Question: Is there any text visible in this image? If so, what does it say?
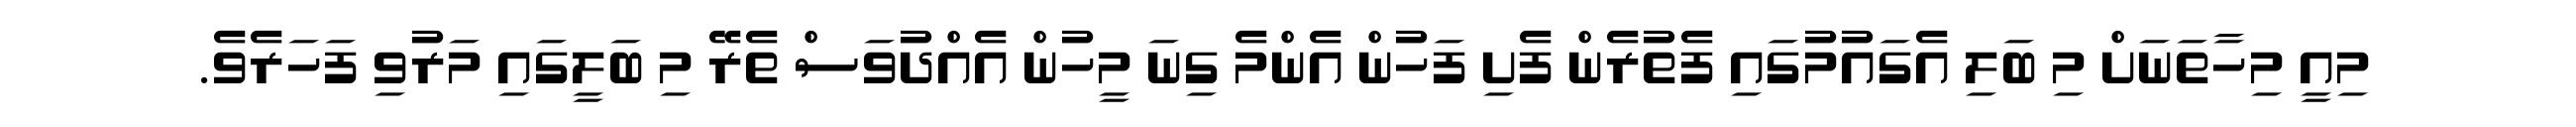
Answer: މިއީ މިހާތަނަށް މި ބަލި އެގައުމުގައި ފެތުރެން ފެށި ފަހުން އެންމެ ގިނަ މީހުން އެއްދުވަސް ތެރޭ މި ބަލީގައި މަރުވި ފަހަރެވެ.